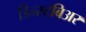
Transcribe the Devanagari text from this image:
डिन्स्टबिअर